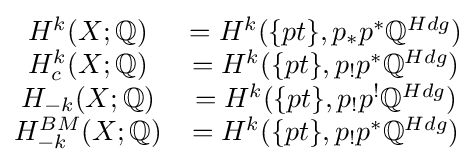
{\begin{matrix}H^{k}(X;\mathbb {Q} )&=H^{k}(\{pt\},p_{*}p^{*}\mathbb {Q} ^{Hdg})\\H_{c}^{k}(X;\mathbb {Q} )&=H^{k}(\{pt\},p_{!}p^{*}\mathbb {Q} ^{Hdg})\\H_{-k}(X;\mathbb {Q} )&=H^{k}(\{pt\},p_{!}p^{!}\mathbb {Q} ^{Hdg})\\H_{-k}^{BM}(X;\mathbb {Q} )&=H^{k}(\{pt\},p_{!}p^{*}\mathbb {Q} ^{Hdg})\end{matrix}}